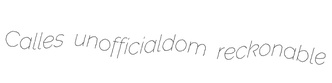
Calles unofficialdom reckonable